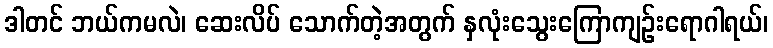
ဒါတင် ဘယ်ကမလဲ၊ ဆေးလိပ် သောက်တဲ့အတွက် နှလုံးသွေးကြောကျဉ်းရောဂါရယ်၊